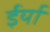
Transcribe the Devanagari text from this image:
ईर्या